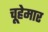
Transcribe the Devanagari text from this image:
चूहेमार